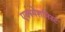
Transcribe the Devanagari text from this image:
एक्स्पेशनिस्ट